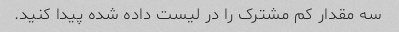
سه مقدار کم مشترک را در لیست داده شده پیدا کنید.